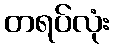
တရပ်လုံး